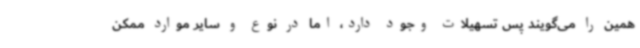
همین را می‌گویند پس تسهیلات وجود دارد، اما در نوع و سایر موارد ممکن